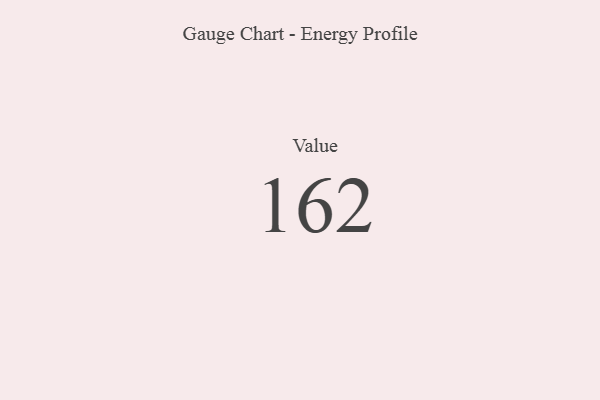
{"axis": {"x": "Metric", "y": "Value"}, "legend": [""], "data": [{"x": "Value", "y": 162, "type": ""}]}